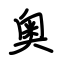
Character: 奥